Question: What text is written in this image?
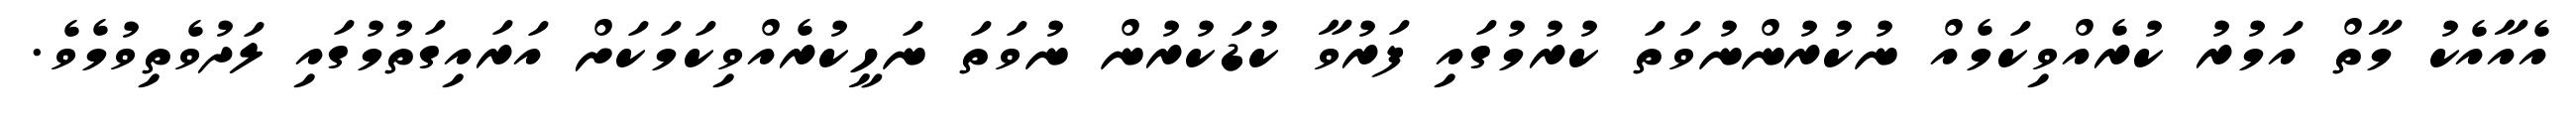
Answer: އެއާއެކު މާތް އަމުރު ކުރެއްވިކަމެއް ނުކުރުންނުވަތަ ކުރުމުގައި ފަރުވާ ކުޑަކުރުން ނުވަތަ ނަހީކުރެއްވިކަމަކަށް އަރައިގަތުމުގައި ލަދުވެތިވުމެވެ.